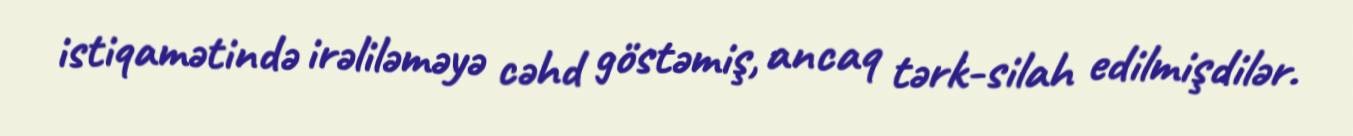
istiqamətində irəliləməyə cəhd göstəmiş, ancaq tərk-silah edilmişdilər.